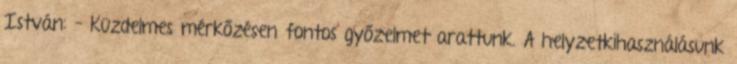
István: – Küzdelmes mérkőzésen fontos győzelmet arattunk. A helyzetkihasználásunk